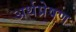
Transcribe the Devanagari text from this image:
अर्थप्रेषण